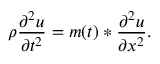
\rho \frac { \partial ^ { 2 } u } { \partial t ^ { 2 } } = m ( t ) * \frac { \partial ^ { 2 } u } { \partial x ^ { 2 } } .